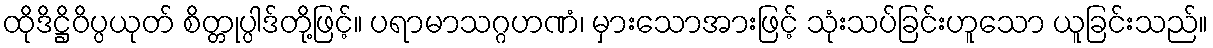
ထိုဒိဋ္ဌိဝိပ္ပယုတ် စိတ္တုပ္ပါဒ်တို့ဖြင့်။ ပရာမာသဂ္ဂဟဏံ၊ မှားသောအားဖြင့် သုံးသပ်ခြင်းဟူသော ယူခြင်းသည်။